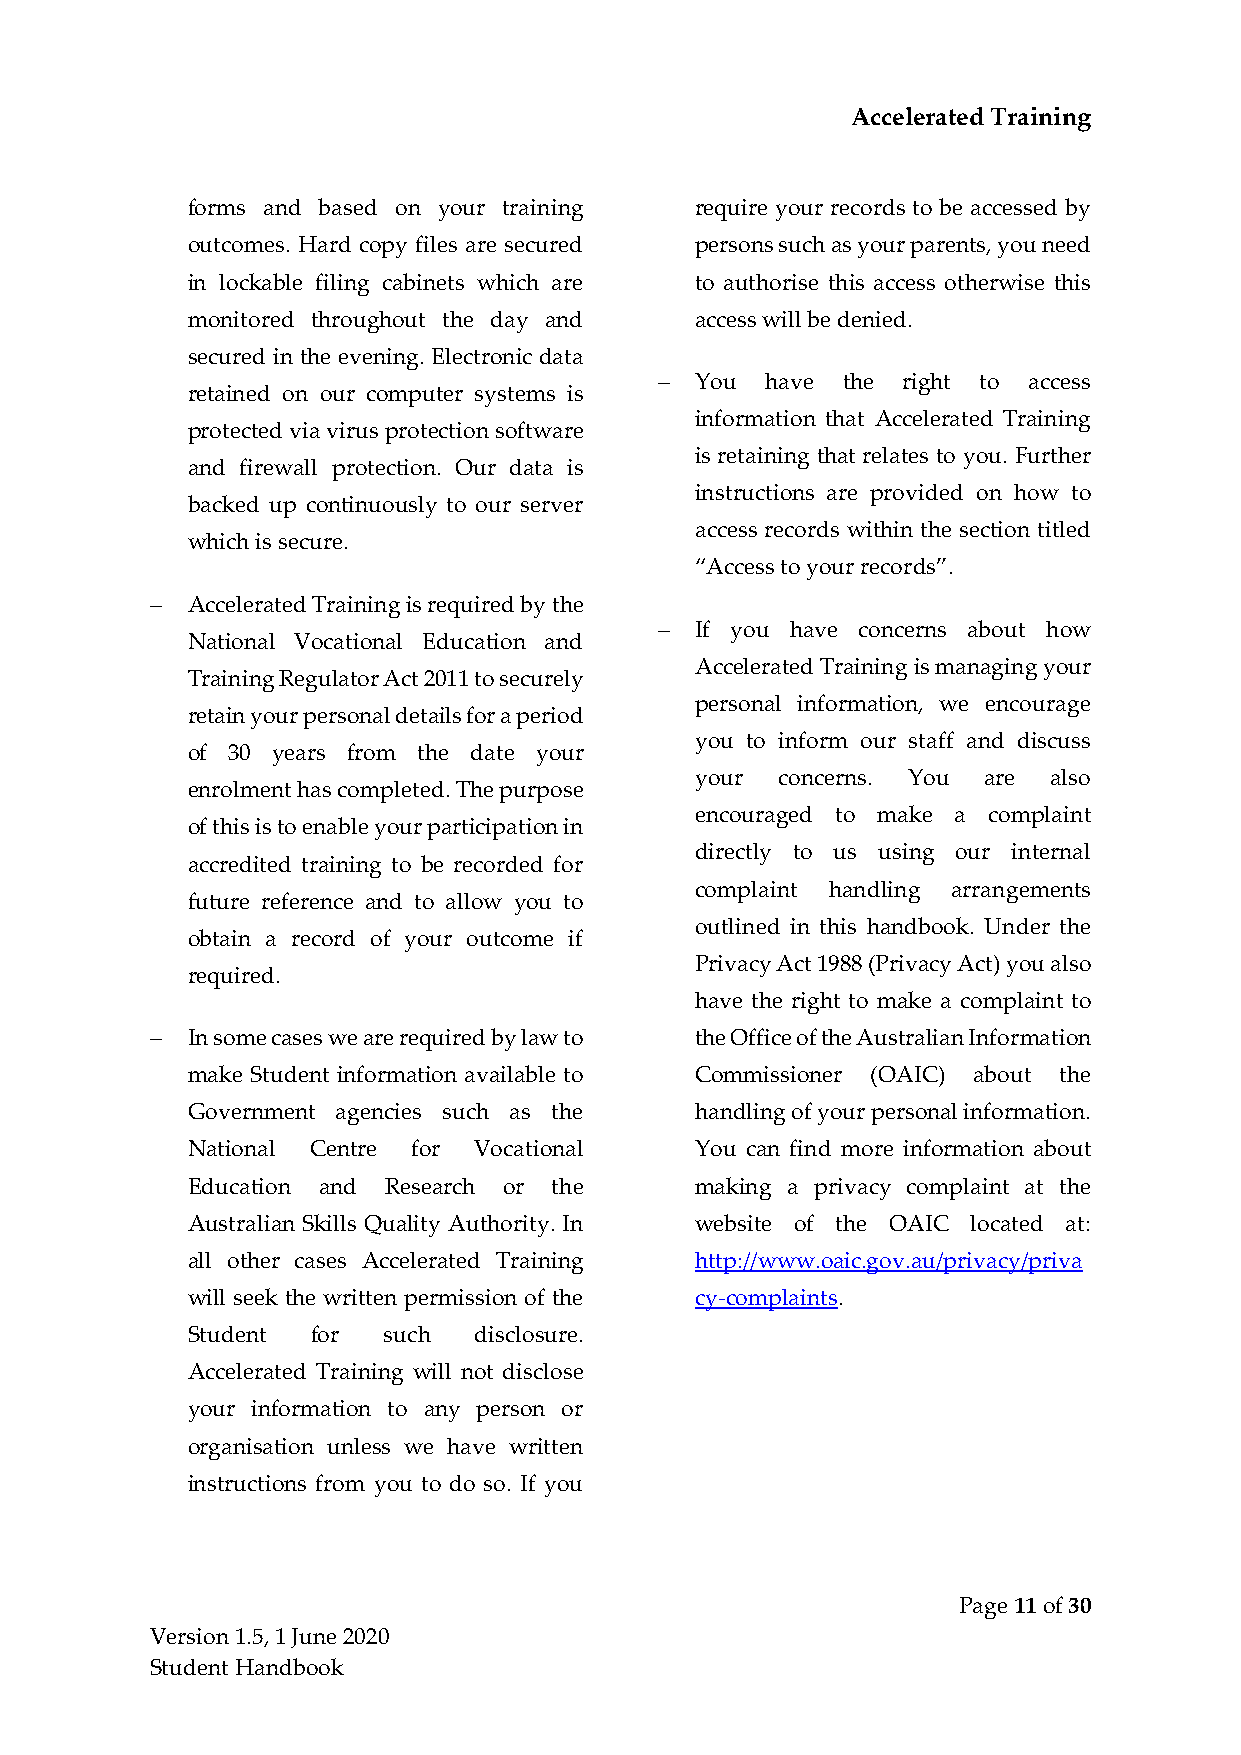
Accelerated Training
 forms and based on your training  require your records to be accessed by
 outcomes. Hard copy files are secured persons such as your parents, you need
 in lockable filing cabinets which are to authorise this access otherwise this
 monitored throughout the day and  access will be denied.
 secured in the evening. Electronic data
 − You  have the right to access
 retained on our computer systems is
 information that Accelerated Training
 protected via virus protection software
 is retaining that relates to you. Further
 and firewall protection. Our data is
 instructions are provided on how to
 backed up continuously to our server
 access records within the section titled
 which is secure.
 “Access to your records”.
 − Accelerated Training is required by the
 − If you have concerns about how
 National Vocational Education and
 Accelerated Training is managing your
 Training Regulator Act 2011 to securely
 personal information, we encourage
 retain your personal details for a period
 you to inform our staff and discuss
 of 30 years from the date your
 your concerns. You are  also
 enrolment has completed. The purpose
 encouraged to make a complaint
 of this is to enable your participation in
 directly to us using our internal
 accredited training to be recorded for
 complaint handling arrangements
 future reference and to allow you to
 outlined in this handbook. Under the
 obtain a record of your outcome if
 Privacy Act 1988 (Privacy Act) you also
 required.
 have the right to make a complaint to
 − In some cases we are required by law to the Office of the Australian Information
 make Student information available to Commissioner (OAIC) about the
 Government agencies such as the   handling of your personal information.
 National Centre for Vocational    You can find more information about
 Education and Research or the     making a privacy complaint at the
 Australian Skills Quality Authority. In website of the OAIC located at:
 all other cases Accelerated Training http://www.oaic.gov.au/privacy/priva
 will seek the written permission of the cy-complaints.
 Student  for such  disclosure.
 Accelerated Training will not disclose
 your information to any person or
 organisation unless we have written
 instructions from you to do so. If you
 Page 11 of 30
 Version 1.5, 1 June 2020
 Student Handbook